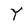
Character: Y